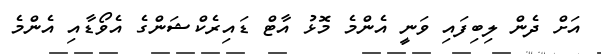
އަށް ދެން ލިބިފައި ވަނީ އެންމެ މޮޅު އާޓް ޑައިރެކްޝަންގެ އެވޯޑާއި އެންމެ